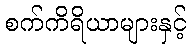
စက်ကိရိယာများနှင့်